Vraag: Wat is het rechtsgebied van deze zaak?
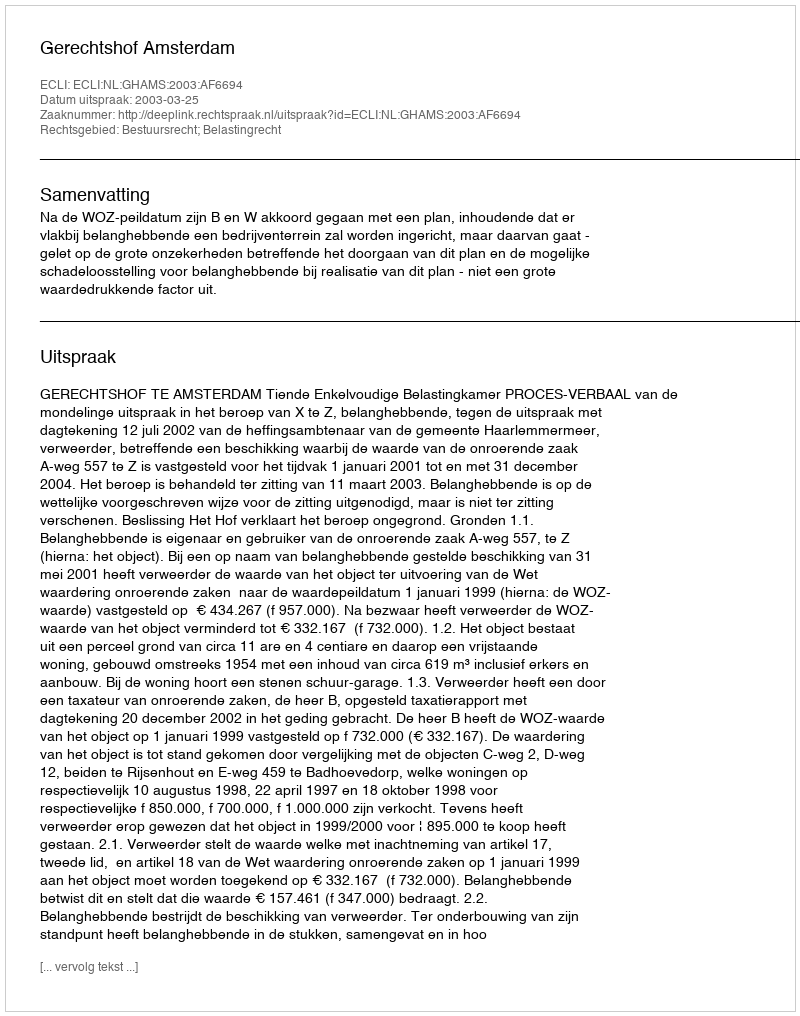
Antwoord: Bestuursrecht; Belastingrecht